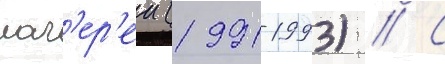
лаг'ер'еи (1991-1993) // С